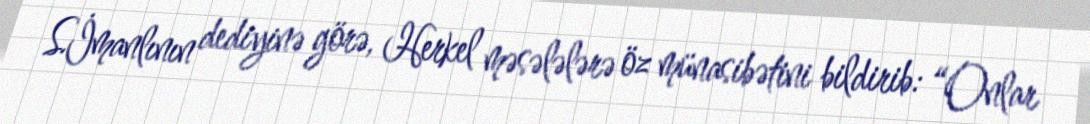
S.İmanlının dediyinə görə, Herkel məsələlərə öz münasibətini bildirib: “Onlar